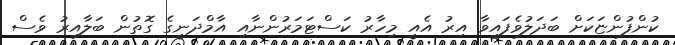
ކުންފުންޏަކަށް ބަދަލުވެފައިވާ އިރު އެއީ މިހާރު ކަސްޓަމަރުންނާއި އާމްދަނީގެ ގޮތުން ބަލާއިރު ވެސް